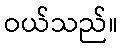
ဝယ်သည်။